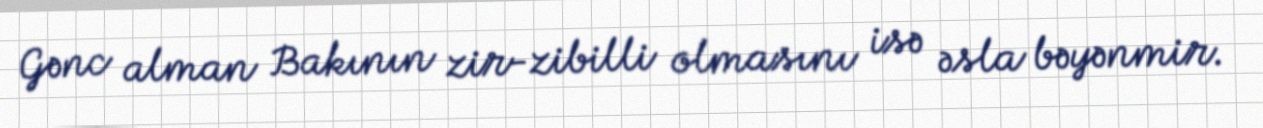
Gənc alman Bakının zir-zibilli olmasını isə əsla bəyənmir.